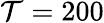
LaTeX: \mathcal{T}=200